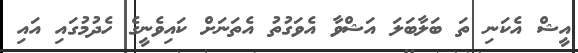
އީޝް އެކަނި ތަ ބަލާބަލަ އަޝްވާ އެވަގުތު އެތަނަށް ކައިވެނީގެ ހެދުމުގައި އައި